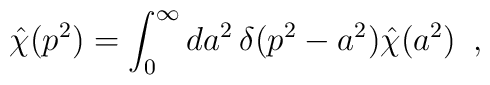
\hat\chi(p^2) = \int_{0}^{\infty} da^2\,\delta(p^2 - a^2) \hat\chi(a^2)\,\,\,,